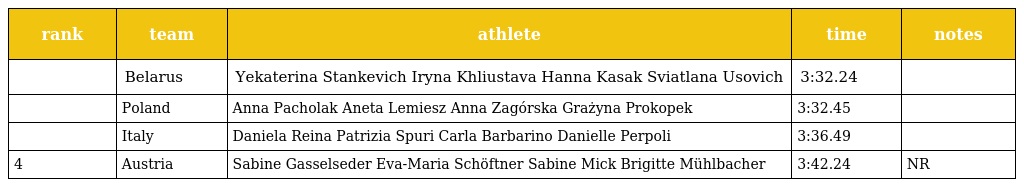
| rank | team | athlete | time | notes |
 | --- | --- | --- | --- | --- |
 |  | Belarus | Yekaterina Stankevich Iryna Khliustava Hanna Kasak Sviatlana Usovich | 3:32.24 |  |
 |  | Poland | Anna Pacholak Aneta Lemiesz Anna Zagórska Grażyna Prokopek | 3:32.45 |  |
 |  | Italy | Daniela Reina Patrizia Spuri Carla Barbarino Danielle Perpoli | 3:36.49 |  |
 | 4 | Austria | Sabine Gasselseder Eva-Maria Schöftner Sabine Mick Brigitte Mühlbacher | 3:42.24 | NR |